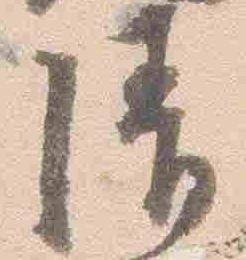
清